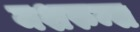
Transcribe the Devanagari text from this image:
मशरुम्स